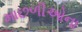
માછળીઓના